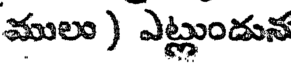
ములు ) ఎట్లుండున